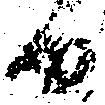
候